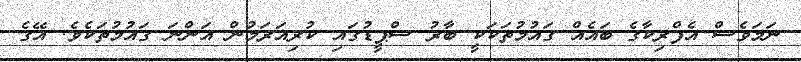
ނަމަވެސް އެފްރިކާގެ ބައެއް ގައުމުތަކަކީ ބާރު ސްޕީޑުގައި ކުރިއަރަމުން އަންނަ ގައުމުތަކެވެ. އޭގެ